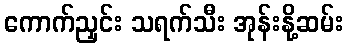
ကောက်ညှင်း သရက်သီး အုန်းနို့ဆမ်း